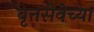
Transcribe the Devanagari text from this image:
वृत्तसेवेच्या